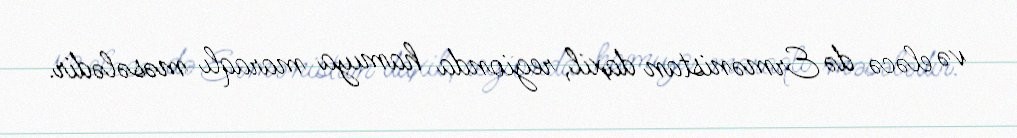
və eləcə də Ermənistan daxil, regionda hamıya maraqlı məsələdir.